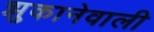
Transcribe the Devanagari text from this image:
झुकानेवाली